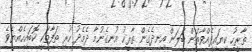
ތާރީހު ކިޔައިދެއްވާތަން ބަލަން އިނދެގެން ތާރީހު އުނގެނުމާ ދެމެދު ހުރި ތަފާތަކީ ކޮބައިހެއްޔެވެ